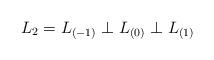
LaTeX: \begin{align*}L_2 = L_{({-1})}\perp L_{({0})}\perp L_{({1})}\end{align*}